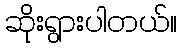
ဆိုးရွားပါတယ်။